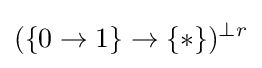
(\{0\to 1\}\to \{*\})^{\perp r}